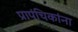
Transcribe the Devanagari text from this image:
प्रापंचिकांना